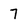
Character: 7